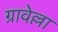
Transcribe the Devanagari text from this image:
ग्रावेल्ला